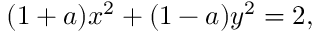
( 1 + a ) x ^ { 2 } + ( 1 - a ) y ^ { 2 } = 2 ,